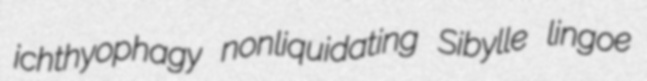
ichthyophagy nonliquidating Sibylle lingoe